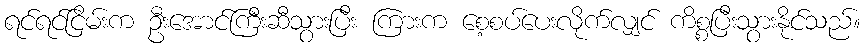
ရင်ရင်ငြိမ်းက ဦးအောင်ကြီးဆီသွားပြီး ကြားက စေ့စပ်ပေးလိုက်လျှင် ကိစ္စပြီးသွားနိုင်သည်။